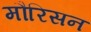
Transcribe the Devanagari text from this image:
मौरिसन